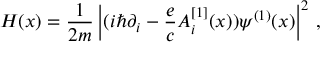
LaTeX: { \cal H } ( x ) = { \frac { 1 } { 2 m } } \left| ( i \hbar \partial _ { i } - { \frac { e } { c } } A _ { i } ^ { [ 1 ] } ( x ) ) \psi ^ { ( 1 ) } ( x ) \right| ^ { 2 } \, ,